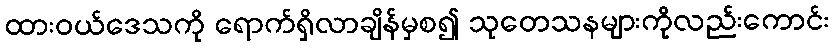
ထားဝယ်ဒေသကို ရောက်ရှိလာချိန်မှစ၍ သုတေသနများကိုလည်းကောင်း